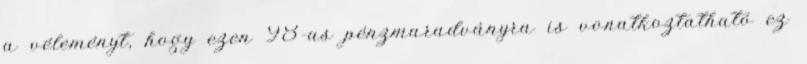
a véleményt, hogy ezen 98-as pénzmaradványra is vonatkoztatható ez